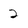
Character: 2